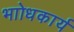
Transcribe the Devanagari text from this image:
भाोधकार्य